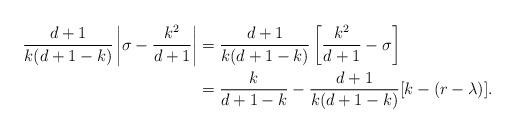
LaTeX: \begin{align*}\frac{d+1}{k(d+1-k)}\left|\sigma - \frac{k^{2}}{d+1}\right|&= \frac{d+1}{k(d+1-k)}\left[\frac{k^{2}}{d+1}-\sigma\right] \\&= \frac{k}{d+1-k}-\frac{d+1}{k(d+1-k)}[k-(r-\lambda)].\end{align*}